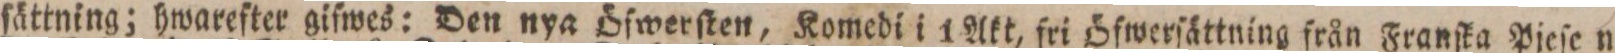
ſättning; hwareſter giſwes: Den nya Öſwerſten, Komedi i 1 Akt, fri Öfwerſättning från Franſka Pjeſe n: